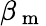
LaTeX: \beta_{\mathrm{~m~}}